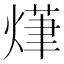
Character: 𭵨